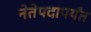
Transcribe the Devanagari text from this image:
नेतेपदापर्यंत